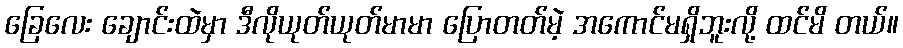
ခြေလေး ချောင်းထဲမှာ ဒီလိုယုတ်ယုတ်မာမာ ပြောတတ်မဲ့ အကောင်မရှိဘူးလို့ ထင်မိ တယ်။